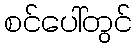
စင်ပေါ်တွင်